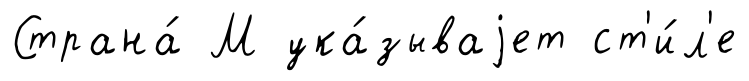
Страна́ М ука́зываjет ст'и́л'е